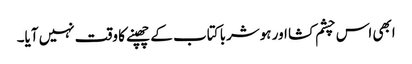
ابھی اس چشم کشا اور ہوشربا کتاب کے چھپنے کا وقت نہیں آیا۔